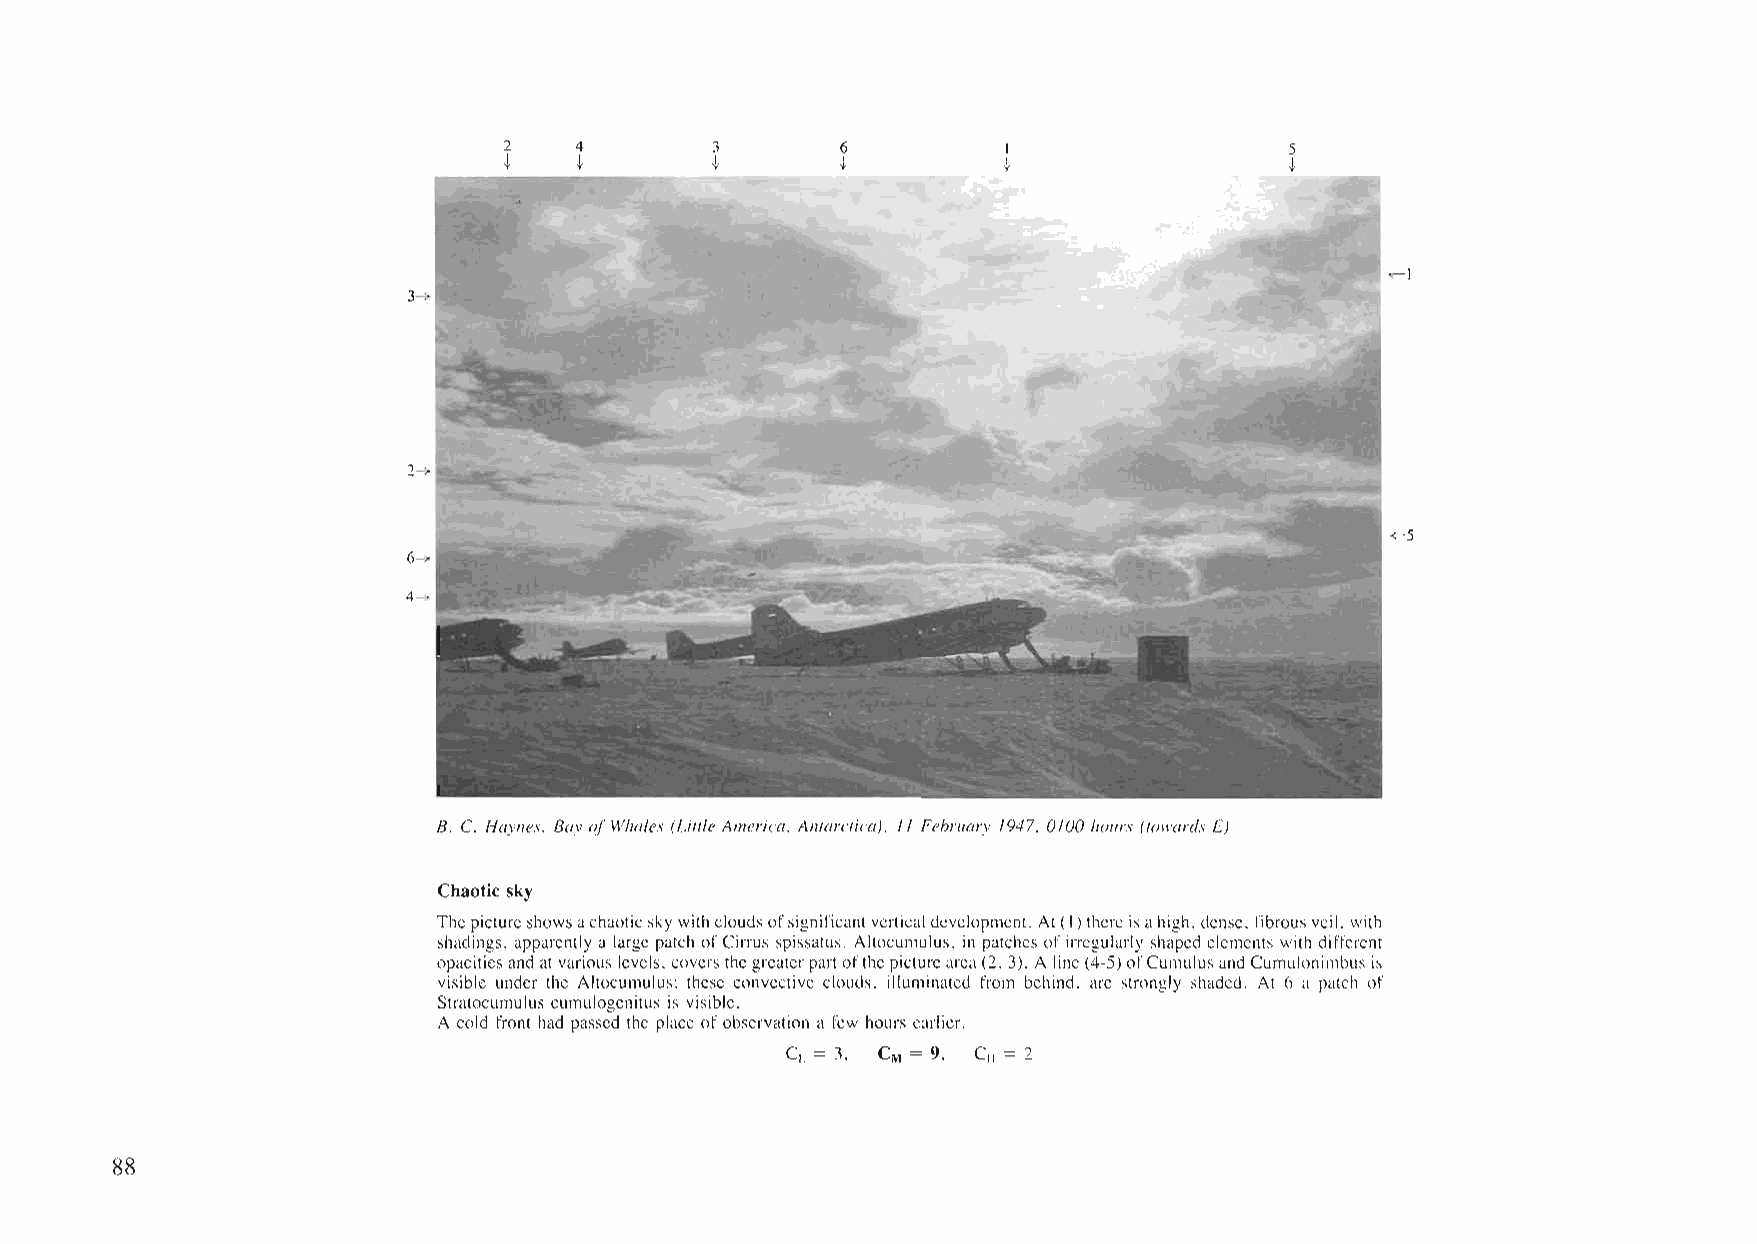
2    4        3        6          I                 5
 t    t        t        t         t                  t
 +-1
 3->
 <-5
 4->
 B. C. Haynes. Bay ofWhales (Lillle America. Anlarctica). 11 February /947. 0/00 hours (towards E)
 Chaotic sky
 Thepictureshowsachaoticsky withcloudsofsignificantverticaldevelopment. At(I)there isahigh. dense. fibrous veil. with
 shadings. apparently a large patch ofCirrus spissatus. Altocumulus, in patches ofirregularly shaped elements with differcnt
 opacitiesandat various levels, covers thegreaterpartofthepicturearea(2.3). A line(4-5)ofCumulusand Cumulonimbus is
 visible under the Altocumulus; these convective clouds. illuminated from behind. are strongly shaded. At 6 a patch of
 Stratocumulus cumulogenitus is visible.
 A cold front had passed the plaee ofobservation a few hours earlier.
 CL = 3, CM = 9, C II = 2
 88